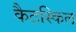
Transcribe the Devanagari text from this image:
कैटस्किल